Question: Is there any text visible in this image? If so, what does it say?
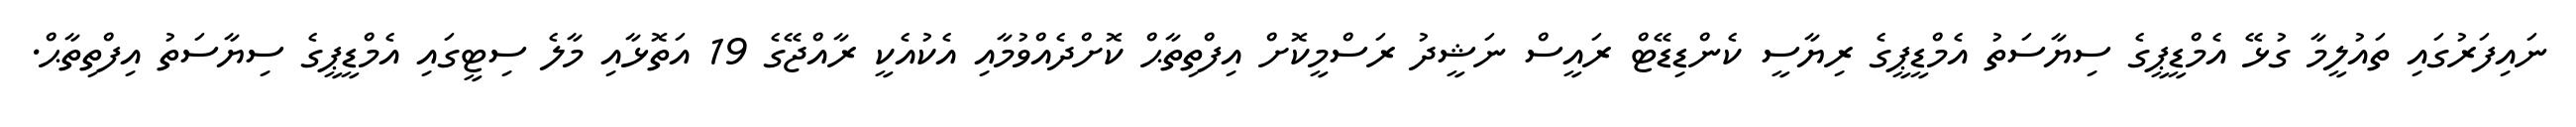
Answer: ނައިފަރުގައި ތައުލީމާ ގުޅޭ އެމްޑީޕީގެ ސިޔާސަތު އެމްޑީޕީގެ ރިޔާސީ ކެންޑިޑޭޓް ރައީސް ނަޝީދު ރަސްމީކޮށް އިފްތިތާޙް ކޮށްދެއްވުމާއި އެކުއެކީ ރާއްޖޭގެ 19 އަތޮޅާއި މާލެ ސިޓީގައި އެމްޑީޕީގެ ސިޔާސަތު އިފްތިތާޙް.